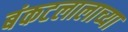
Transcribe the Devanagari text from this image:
बंकटलालाच्या